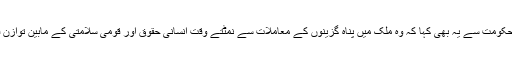
عدالت نے حکومت سے یہ بھی کہا کہ وہ ملک میں پناہ گزینوں کے معاملات سے نمٹتے وقت انسانی حقوق اور قومی سلامتی کے مابین توازن قائم رکھے۔